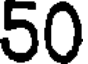
50